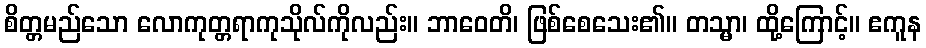
စိတ္တမည်သော လောကုတ္တရာကုသိုလ်ကိုလည်း။ ဘာဝေတိ၊ ဖြစ်စေသေး၏။ တသ္မာ၊ ထို့ကြောင့်။ ဧကူန